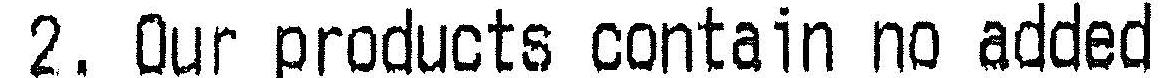
2. OUR PRODUCTS CONTAIN NO ADDED